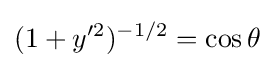
(1+y'^{2})^{-1/2}=\cos \theta